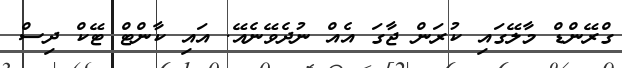
ގްރޭންޑް މާލޭގައި ކުރަން ޖާގަ އެއް ނުދެވޭނެއޭ. އައި ކާންޓް ޓޭކް ދިސް